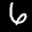
Label: 6